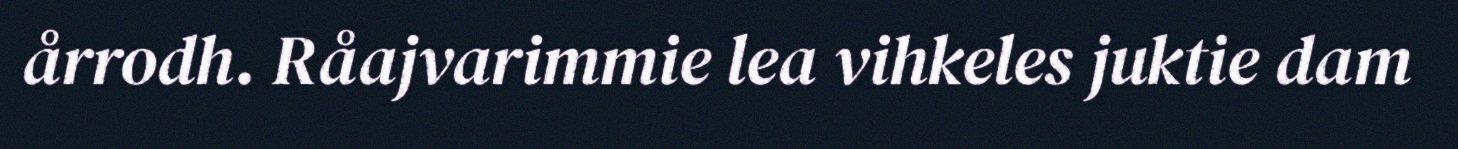
årrodh. Råajvarimmie lea vihkeles juktie dam